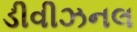
ડીવીઝનલ